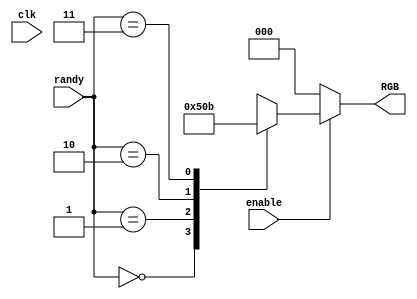
module RGB_colours(output reg [2:0] RGB, input [1:0] randy, input enable, clk);
	always@* begin
		if (enable) begin
			case(randy)
				0: RGB = 3'b010; //green
				1: RGB = 3'b100; //red
				2: RGB = 3'b001; //blue
				3: RGB = 3'b011; //yellow
				default: RGB = 7;
			endcase
		end
		else begin
			RGB = 0;
		end
	end
endmodule